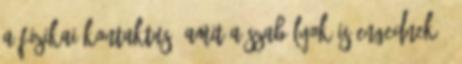
a fizikai kontaktus, amit a szabályok is engednek -